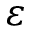
\varepsilon